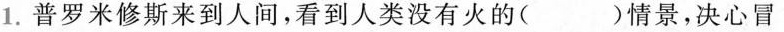
1.普罗米修斯来到人间，看到人类没有火的( )情景，决心冒